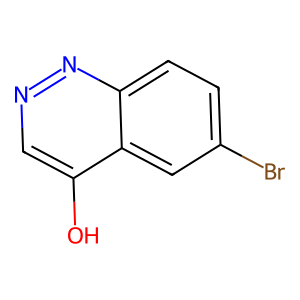
SMILES: Oc1cnnc2ccc(Br)cc12
Inhibits HIV replication: No